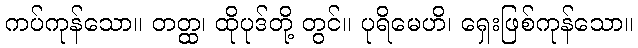
ကပ်ကုန်သော။ တတ္ထ၊ ထိုပုဒ်တို့ တွင်။ ပုရိမေဟိ၊ ရှေးဖြစ်ကုန်သော။